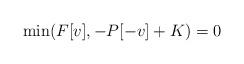
LaTeX: \begin{align*} \min(F[v],-P[-v]+K)=0\end{align*}